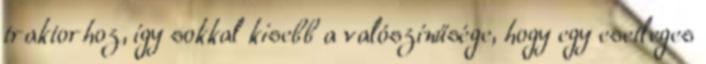
traktorhoz, így sokkal kisebb a valószínűsége, hogy egy esetleges